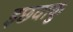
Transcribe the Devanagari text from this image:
इछवाकु